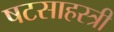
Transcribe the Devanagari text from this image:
षटसाहस्त्री